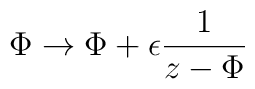
\nonumber\Phi \rightarrow \Phi + \epsilon {1 \over z-\Phi}